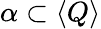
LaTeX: \alpha\subset\langle Q\rangle